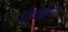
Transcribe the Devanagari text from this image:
उत्चारण